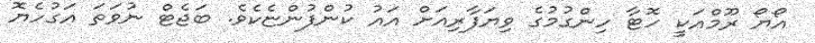
އޯޔޯ ރޫމްއަކީ ހޮޓާ ހިންގުމުގެ ވިޔަފާރިއަށް އައު ކުންފުންޏެކެވެ. ބަޖެޓް ނުވަތަ އަގުހެޔޮ